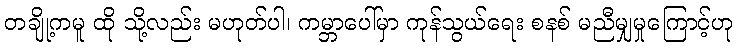
တချို့ကမူ ထို သို့လည်း မဟုတ်ပါ၊ ကမ္ဘာပေါ်မှာ ကုန်သွယ်ရေး စနစ် မညီမျှမှုကြောင့်ဟု